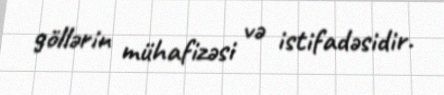
göllərin mühafizəsi və istifadəsidir.